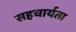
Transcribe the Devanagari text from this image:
सहचार्यता